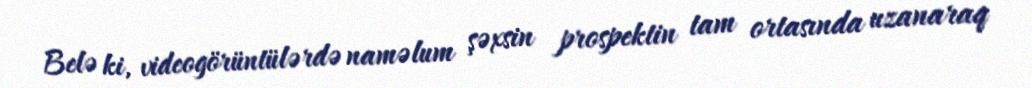
Belə ki, videogörüntülərdə naməlum şəxsin prospektin tam ortasında uzanaraq